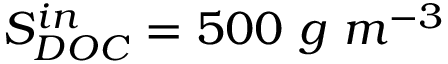
S _ { D O C } ^ { i n } = 5 0 0 \ g \ m ^ { - 3 }